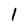
Character: 1